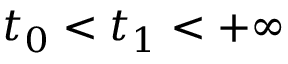
t _ { 0 } < t _ { 1 } < + \infty